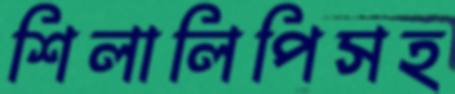
শিলালিপিসহ